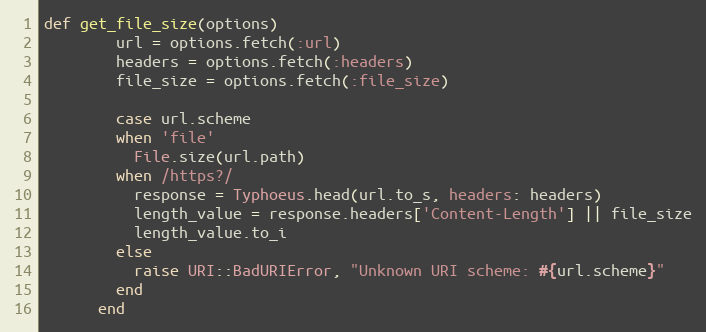
Language: Ruby
def get_file_size(options)
        url = options.fetch(:url)
        headers = options.fetch(:headers)
        file_size = options.fetch(:file_size)

        case url.scheme
        when 'file'
          File.size(url.path)
        when /https?/
          response = Typhoeus.head(url.to_s, headers: headers)
          length_value = response.headers['Content-Length'] || file_size
          length_value.to_i
        else
          raise URI::BadURIError, "Unknown URI scheme: #{url.scheme}"
        end
      end